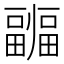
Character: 疈